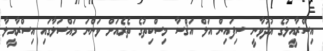
އިސްރާއީލުގެ އުދުވާނީ ސިފައިން އަލް އަޤްސާ މިސްކިތުގެ ތެރެއަށް ވަންނަ މައްސަލާގައި އިސްރާއީލާ